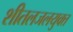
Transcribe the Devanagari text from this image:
शीतलजलयुक्त